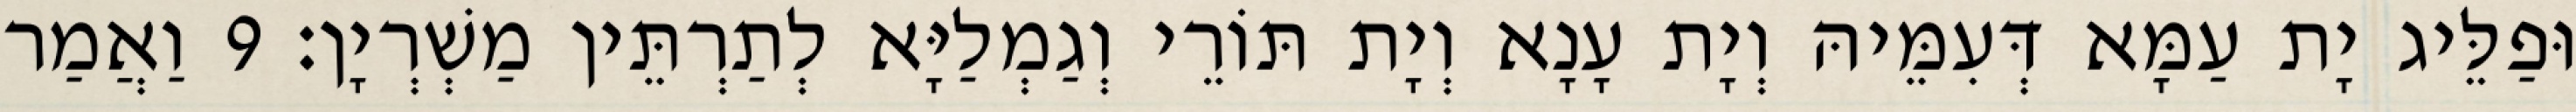
וּפַלֵּיג יָת עַמָּא דְּעִמֵּיהּ וְיָת עָנָא וְיָת תּוֹרֵי וְגַמְלַיָּא לְתַרְתֵּין מַשְׁרְיָן׃ 9 וַאֲמַר